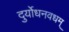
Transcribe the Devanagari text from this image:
दुर्योधनवधम्